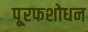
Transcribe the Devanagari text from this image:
पू्रफशोधन